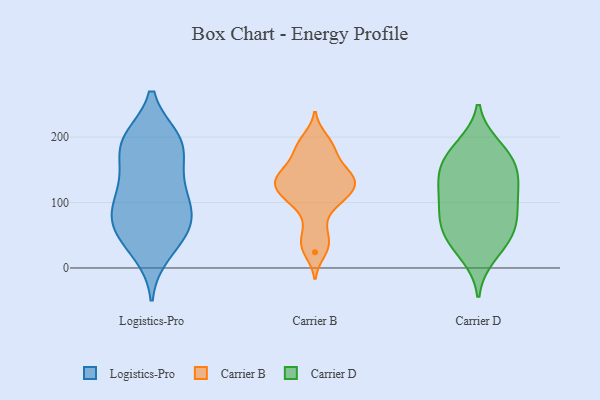
{"axis": {"x": "Revenue (USD Million)", "y": "Value"}, "legend": ["Carrier B", "Carrier D", "Logistics-Pro"], "data": [{"x": "", "y": 194, "type": "Logistics-Pro"}, {"x": "", "y": 107, "type": "Logistics-Pro"}, {"x": "", "y": 149, "type": "Logistics-Pro"}, {"x": "", "y": 186, "type": "Logistics-Pro"}, {"x": "", "y": 197, "type": "Logistics-Pro"}, {"x": "", "y": 35, "type": "Logistics-Pro"}, {"x": "", "y": 98, "type": "Logistics-Pro"}, {"x": "", "y": 196, "type": "Logistics-Pro"}, {"x": "", "y": 23, "type": "Logistics-Pro"}, {"x": "", "y": 118, "type": "Logistics-Pro"}, {"x": "", "y": 74, "type": "Logistics-Pro"}, {"x": "", "y": 190, "type": "Logistics-Pro"}, {"x": "", "y": 81, "type": "Logistics-Pro"}, {"x": "", "y": 68, "type": "Logistics-Pro"}, {"x": "", "y": 141, "type": "Logistics-Pro"}, {"x": "", "y": 63, "type": "Logistics-Pro"}, {"x": "", "y": 57, "type": "Logistics-Pro"}, {"x": "", "y": 190, "type": "Carrier B"}, {"x": "", "y": 107, "type": "Carrier B"}, {"x": "", "y": 174, "type": "Carrier B"}, {"x": "", "y": 151, "type": "Carrier B"}, {"x": "", "y": 113, "type": "Carrier B"}, {"x": "", "y": 134, "type": "Carrier B"}, {"x": "", "y": 24, "type": "Carrier B"}, {"x": "", "y": 198, "type": "Carrier B"}, {"x": "", "y": 36, "type": "Carrier B"}, {"x": "", "y": 46, "type": "Carrier B"}, {"x": "", "y": 174, "type": "Carrier B"}, {"x": "", "y": 101, "type": "Carrier B"}, {"x": "", "y": 142, "type": "Carrier B"}, {"x": "", "y": 124, "type": "Carrier B"}, {"x": "", "y": 136, "type": "Carrier B"}, {"x": "", "y": 72, "type": "Carrier B"}, {"x": "", "y": 107, "type": "Carrier B"}, {"x": "", "y": 131, "type": "Carrier B"}, {"x": "", "y": 141, "type": "Carrier B"}, {"x": "", "y": 87, "type": "Carrier D"}, {"x": "", "y": 185, "type": "Carrier D"}, {"x": "", "y": 146, "type": "Carrier D"}, {"x": "", "y": 20, "type": "Carrier D"}, {"x": "", "y": 133, "type": "Carrier D"}, {"x": "", "y": 49, "type": "Carrier D"}, {"x": "", "y": 79, "type": "Carrier D"}, {"x": "", "y": 107, "type": "Carrier D"}, {"x": "", "y": 109, "type": "Carrier D"}, {"x": "", "y": 36, "type": "Carrier D"}, {"x": "", "y": 154, "type": "Carrier D"}, {"x": "", "y": 172, "type": "Carrier D"}, {"x": "", "y": 177, "type": "Carrier D"}, {"x": "", "y": 65, "type": "Carrier D"}, {"x": "", "y": 58, "type": "Carrier D"}, {"x": "", "y": 132, "type": "Carrier D"}]}